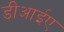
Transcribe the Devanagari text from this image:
डीआईए